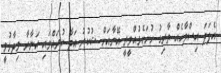
އެފަދަ އިސްލާހެއް ތާރިގު ހުށަހެޅުއްވީތީ އޭނާއަށް ޝުކުރު އަދާ ކުރައްވައި އަނާރާ ވިދާޅުވީ